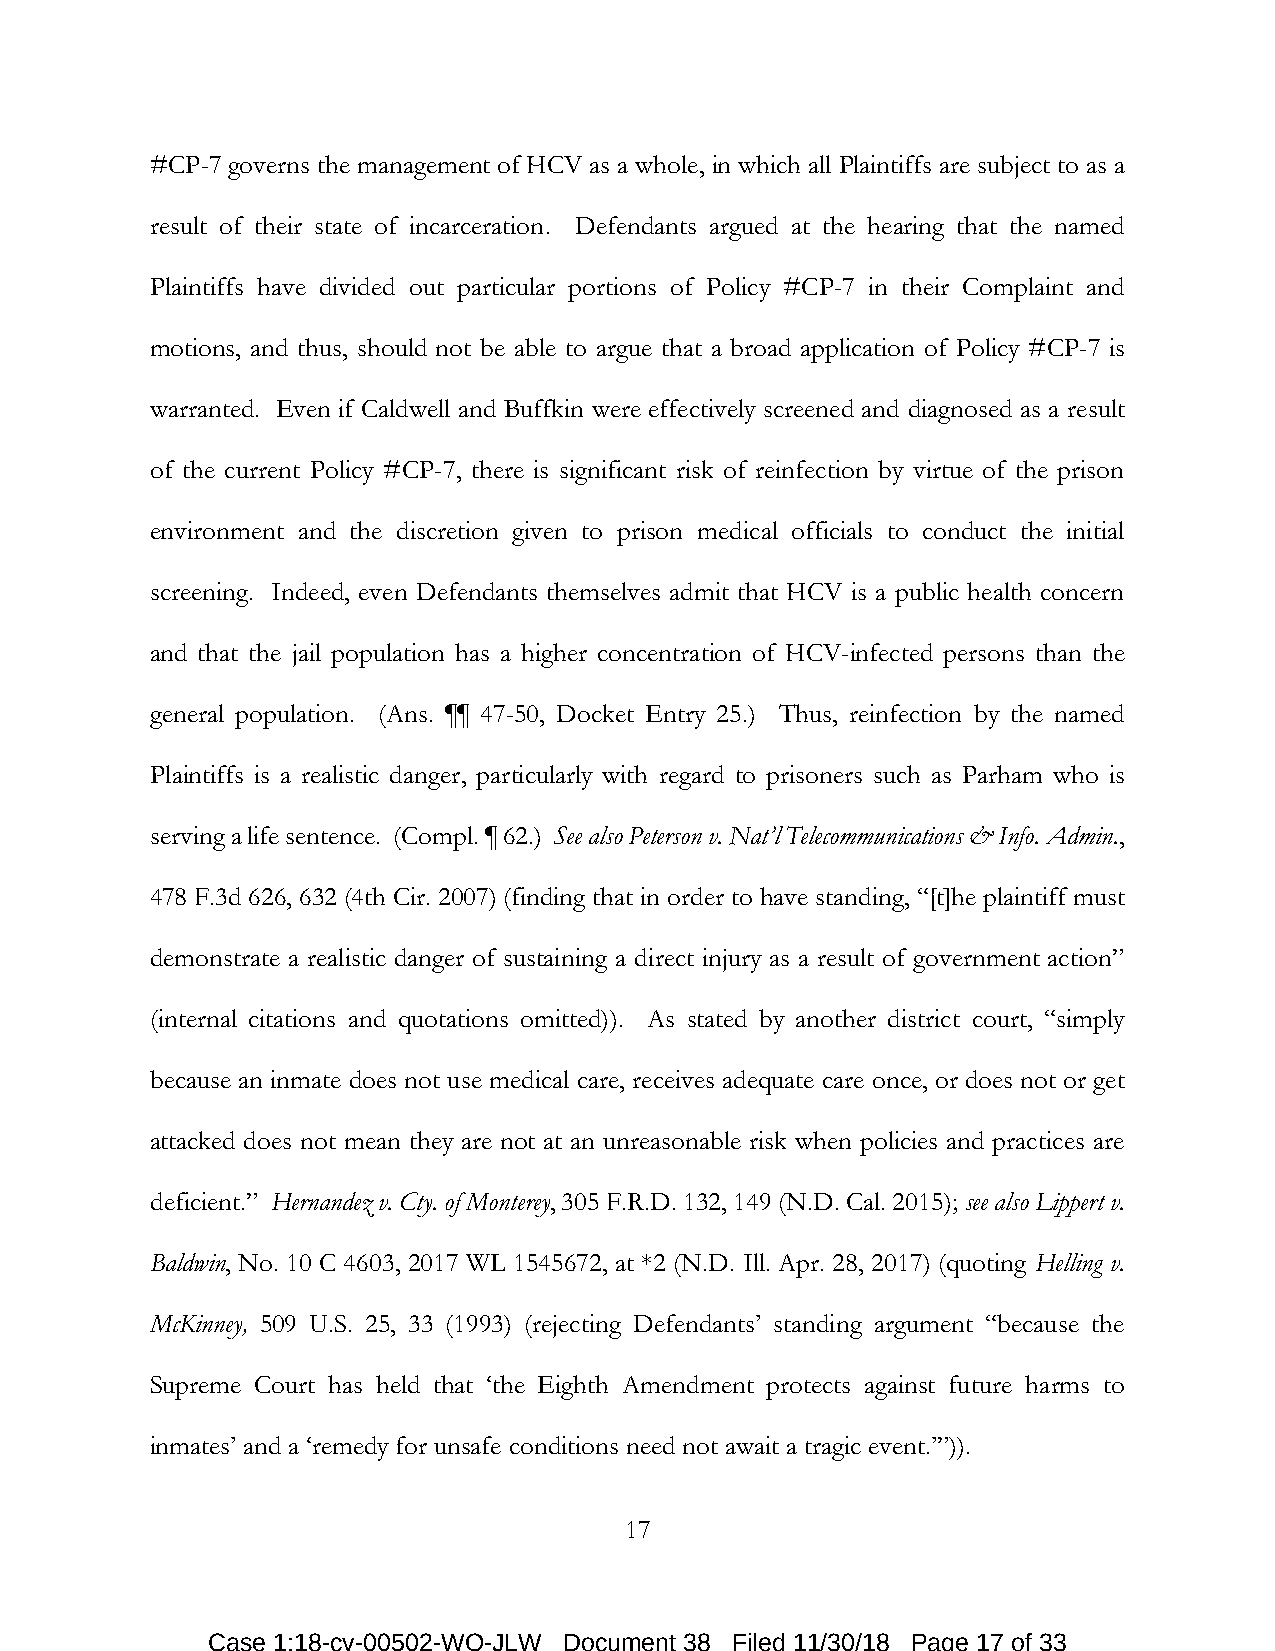
#CP-7 governs the management of HCV as a whole, in which all Plaintiffs are subject to as a
 result of their state of incarceration. Defendants argued at the hearing that the named
 Plaintiffs have divided out particular portions of Policy #CP-7 in their Complaint and
 motions, and thus, should not be able to argue that a broad application of Policy #CP-7 is
 warranted. Even if Caldwell and Buffkin were effectively screened and diagnosed as a result
 of the current Policy #CP-7, there is significant risk of reinfection by virtue of the prison
 environment and the discretion given to prison medical officials to conduct the initial
 screening. Indeed, even Defendants themselves admit that HCV is a public health concern
 and that the jail population has a higher concentration of HCV-infected persons than the
 general population. (Ans. ¶¶ 47-50, Docket Entry 25.) Thus, reinfection by the named
 Plaintiffs is a realistic danger, particularly with regard to prisoners such as Parham who is
 serving a life sentence. (Compl. ¶ 62.) See also Peterson v. Nat’l Telecommunications & Info. Admin.,
 478 F.3d 626, 632 (4th Cir. 2007) (finding that in order to have standing, “[t]he plaintiff must
 demonstrate a realistic danger of sustaining a direct injury as a result of government action”
 (internal citations and quotations omitted)). As stated by another district court, “simply
 because an inmate does not use medical care, receives adequate care once, or does not or get
 attacked does not mean they are not at an unreasonable risk when policies and practices are
 deficient.” Hernandez v. Cty. of Monterey, 305 F.R.D. 132, 149 (N.D. Cal. 2015); see also Lippert v.
 Baldwin, No. 10 C 4603, 2017 WL 1545672, at *2 (N.D. Ill. Apr. 28, 2017) (quoting Helling v.
 McKinney, 509 U.S. 25, 33 (1993) (rejecting Defendants’ standing argument “because the
 Supreme Court has held that ‘the Eighth Amendment protects against future harms to
 inmates’ and a ‘remedy for unsafe conditions need not await a tragic event.’”)).
 17
 Case 1:18-cv-00502-WO-JLW Document 38 Filed 11/30/18 Page 17 of 33